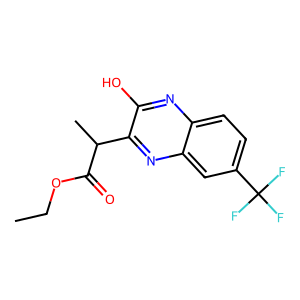
SMILES: CCOC(=O)C(C)c1nc2cc(C(F)(F)F)ccc2nc1O
Inhibits HIV replication: No